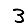
Digit: 3